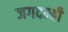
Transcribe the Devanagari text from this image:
जगदम्बी